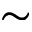
\sim